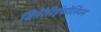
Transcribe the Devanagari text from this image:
सिनेरेरिईफोलियम